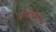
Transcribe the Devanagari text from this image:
फ़ोटोप्रोटीन